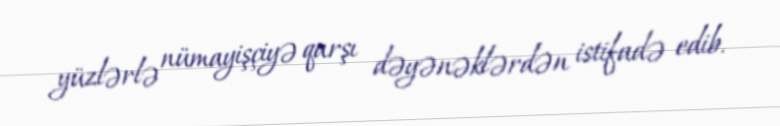
yüzlərlə nümayişçiyə qarşı dəyənəklərdən istifadə edib.